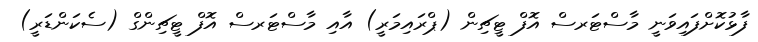
ފާޅުކޮށްފައިވަނީ މާސްޓަރސް އޮފް ޓީޗިން (ޕްރައިމަރީ) އާއި މާސްޓަރސް އޮފް ޓީޗިންގް (ސެކަންޑަރީ)